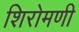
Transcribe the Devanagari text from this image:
शिरोमणी